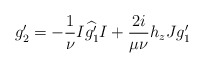
\begin{align*}g'_2=-\frac{1}{\nu}I\widehat{g_1'}I+\frac{2i}{\mu\nu}h_zJg_1'\end{align*}